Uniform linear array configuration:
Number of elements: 8
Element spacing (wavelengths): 0.5
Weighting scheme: hamming
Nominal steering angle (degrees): -30
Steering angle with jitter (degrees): -30.212
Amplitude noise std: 0.05
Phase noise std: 0.05

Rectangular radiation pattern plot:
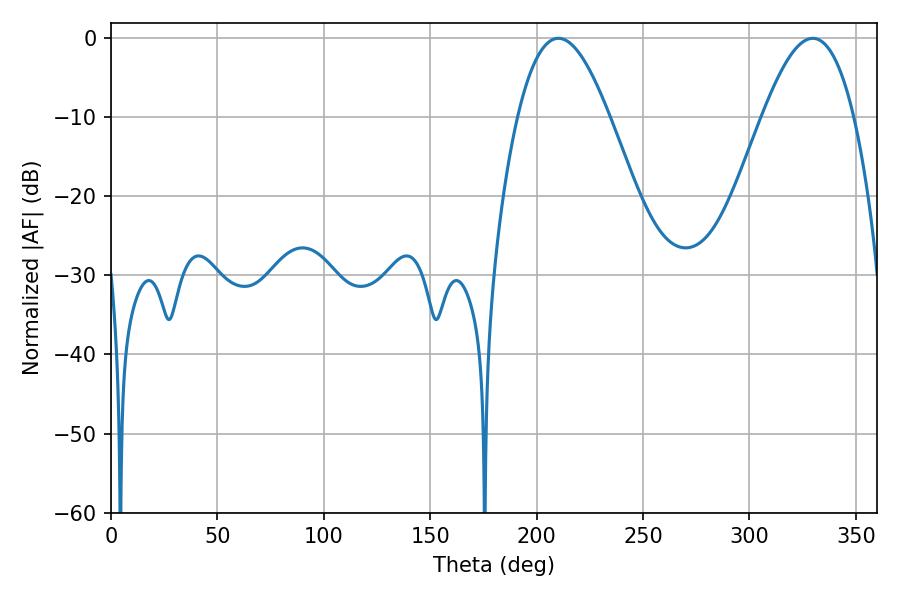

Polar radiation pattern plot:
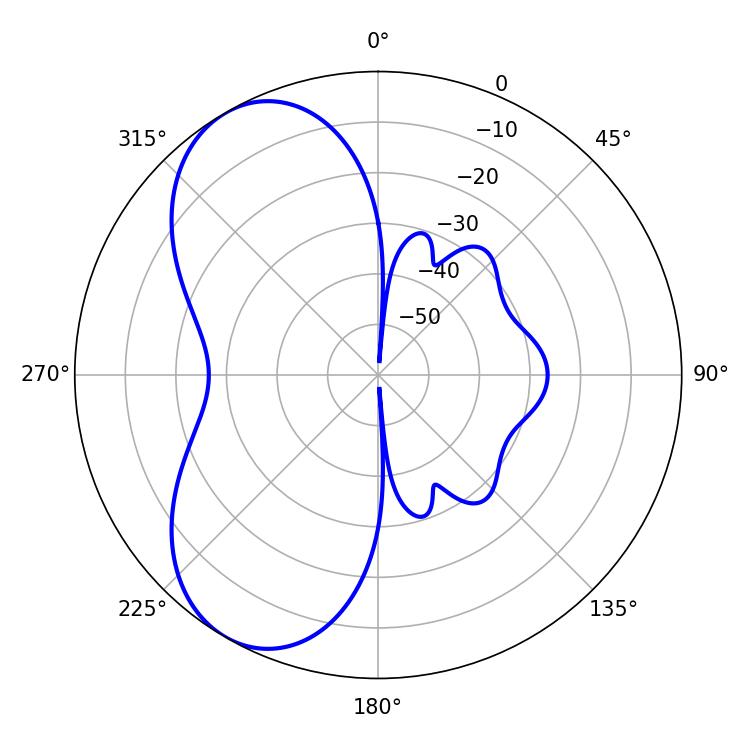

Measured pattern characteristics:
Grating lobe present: FALSE
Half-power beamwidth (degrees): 23.4
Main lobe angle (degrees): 210.24